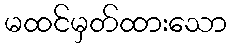
မထင်မှတ်ထားသော